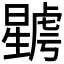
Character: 𣋮